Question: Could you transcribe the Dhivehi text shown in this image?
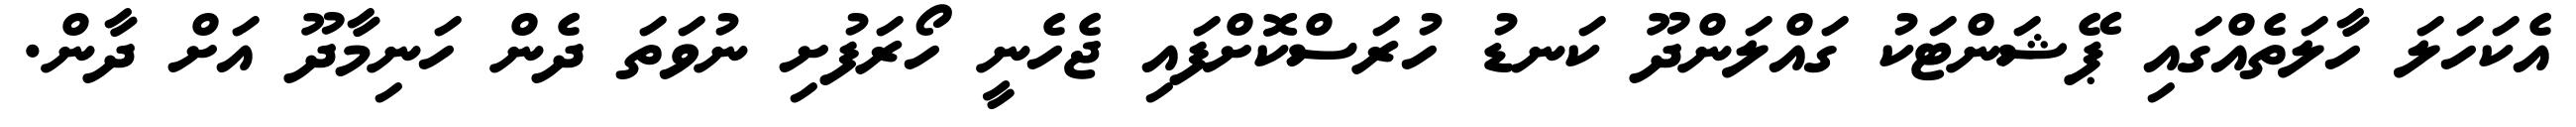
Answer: އެކަހަލަ ހާލަތެއްގައި ޕޭޝަންޓަކު ގައްލަންދޫ ކަނޑު ހުރަސްކޮށްފައި ޖެހެނީ ހޯރަފުށި ނުވަތަ ދެން ހަނިމާދޫ އަށް ދާން.